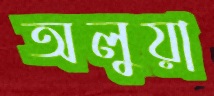
অলুয়া